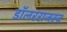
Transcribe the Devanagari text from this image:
डॉलरराजस्व